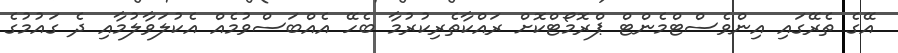
އޭގެ ތެރޭގައި އިންވެސްޓްމެންޓް ޕްރޮމޯޓްކޮށް ރައްކާތެރިކުރުމާ ބެހޭ އެއްބަސްވުމެއް އެކުލަވާލުމާއި ދެ ގައުމުގެ